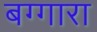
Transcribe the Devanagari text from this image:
बग्गारा